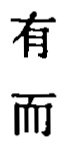
有
而